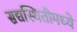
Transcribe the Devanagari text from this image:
सद्यस्थितीमध्ये